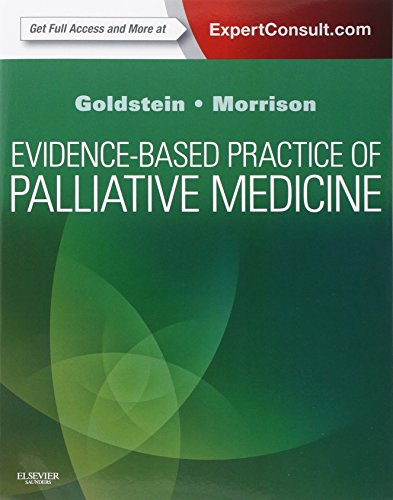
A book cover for Evidence-Based Practice of Palliative Medicine: Expert Consult: Online and Print, 1e; Nathan E Goldstein MD; Self-Help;